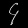
Digit: ၄